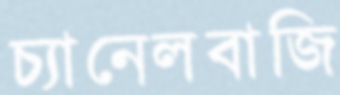
চ্যানেলবাজি